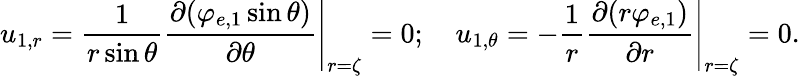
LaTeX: u_{1,r}=\left.\frac{1}{r\sin\theta}\frac{\partial(\varphi_{e,1}\sin\theta)}{\partial\theta}\right|_{r=\zeta}=0;~~~~u_{1,\theta}=\left.-\frac{1}{r}\frac{\partial(r\varphi_{e,1})}{\partial r}\right|_{r=\zeta}=0.